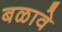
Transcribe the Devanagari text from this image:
बळावे